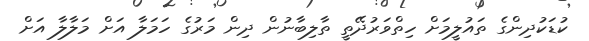
ކުޑަކުދިންގެ ތައުލީމަށް ހިތްވަރުދޭތީ ތާލިބާނުން ދިން މަރުގެ ހަމަލާ އަށް މަލާލާ އަށް